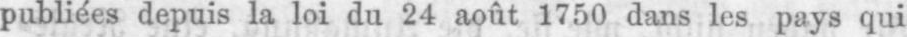
publiées depuis la loi du 24 août 1750 dans les pays qui